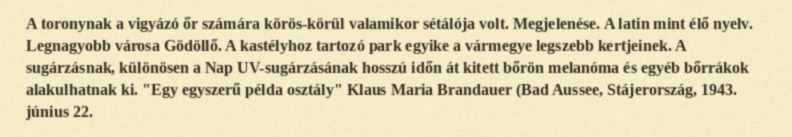
A toronynak a vigyázó őr számára körös-körül valamikor sétálója volt. Megjelenése. A latin mint élő nyelv. Legnagyobb városa Gödöllő. A kastélyhoz tartozó park egyike a vármegye legszebb kertjeinek. A sugárzásnak, különösen a Nap UV-sugárzásának hosszú időn át kitett bőrön melanóma és egyéb bőrrákok alakulhatnak ki. "Egy egyszerű példa osztály" Klaus Maria Brandauer (Bad Aussee, Stájerország, 1943. június 22.